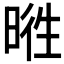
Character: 𣇭